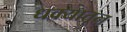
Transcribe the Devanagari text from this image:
धक्यातून